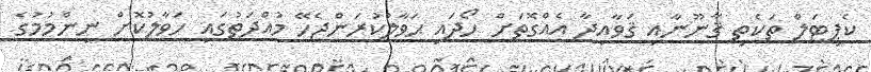
ކެޕިޓަލް ތަކެތި ޤާނޫނާއި ޤަވާއިދާ އެއްގޮތަށް ހޯދައި ޙަވާލުކުރަންޖެހޭ މުއްދަތުގައި ހަވާލުކޮށް ނިންމުމުގެ